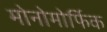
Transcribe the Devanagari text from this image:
मोनोमोर्फिक